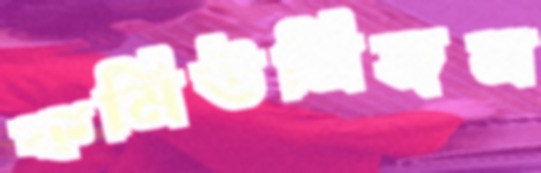
কমিউনিজম